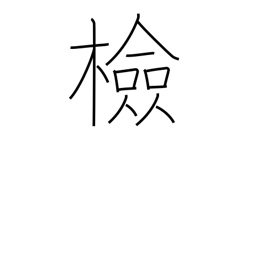
Meaning: check